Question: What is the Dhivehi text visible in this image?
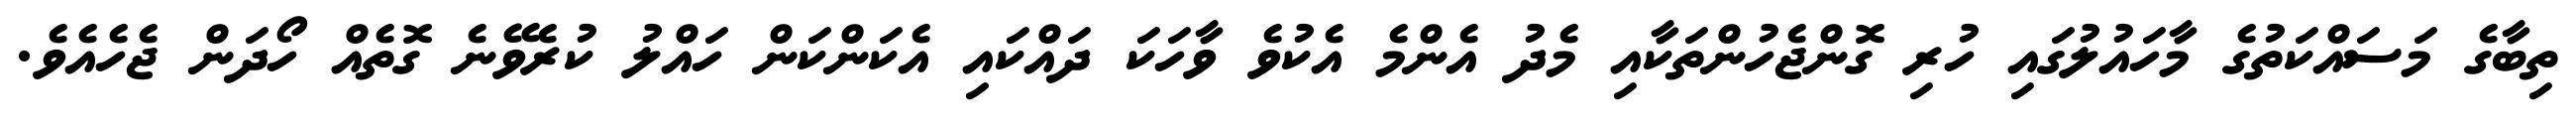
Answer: ތިބާގެ މަސައްކަތުގެ މާހައުލުގައި ހުރި ގޮންޖެހުންތަކާއި މެދު އެންމެ އެކުވެ ވާހަކަ ދައްކައި އެކަންކަން ހައްލު ކުރެވޭނެ ގޮތެއް ހޯދަން ޖެހެއެވެ.